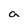
Character: a